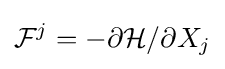
{\mathcal {F}}^{j}=-\partial {\mathcal {H}}/\partial X_{j}